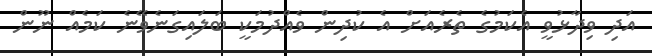
އަދި ވިދާޅުވީ އެކަމުގެ ތެރެއަށް އެ ކުދިން ވެއްދުމަކީ ބަލައިގަނެވޭނެ ކަމެއް ނޫން